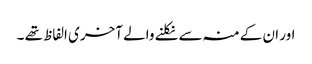
اور ان کے منہ سے نکلنے والے آخری الفاظ تھے ۔